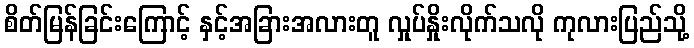
စိတ်မြန်ခြင်းကြောင့် နှင့်အခြားအလားတူ လှုပ်နှိုးလိုက်သလို ကုလားပြည်သို့